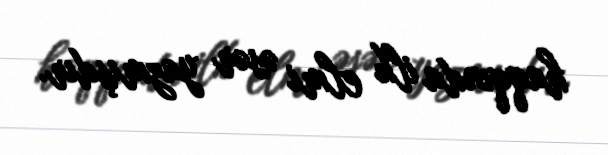
haqqında ilk elmi əsər yazmışdır.